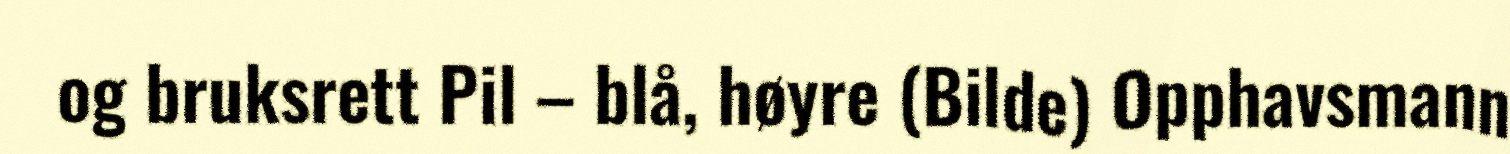
og bruksrett Pil – blå, høyre (Bilde) Opphavsmann